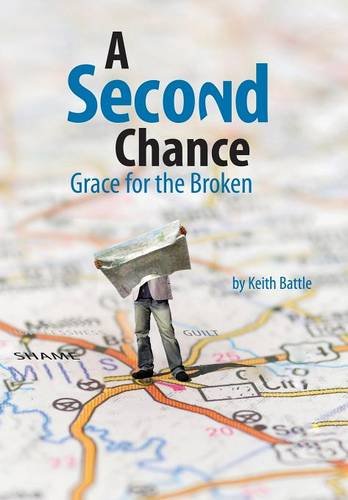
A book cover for A Second Chance; Keith A. Battle; Christian Books & Bibles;